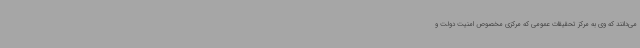
می‌دانند که وی به مرکز تحقیقات عمومی که مرکزی مخصوص امنیت دولت و